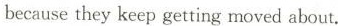
because they keep getting moved about.